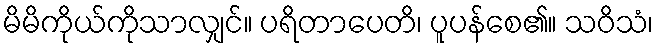
မိမိကိုယ်ကိုသာလျှင်။ ပရိတာပေတိ၊ ပူပန်စေ၏။ သဝိသံ၊